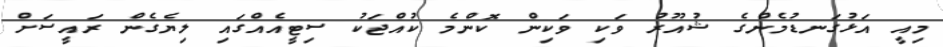
މިއީ އަޅުގަނޑުމެންގެ ޝުއޫރު ވަކި ވަކިން ކޮންމެ ކުއްޖަކު ސިޓީއެއްގައި ލިޔެގެން ރައީސަށް